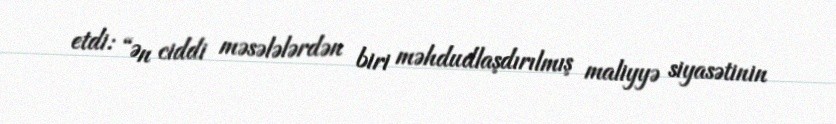
etdi: “Ən ciddi məsələlərdən biri məhdudlaşdırılmış maliyyə siyasətinin